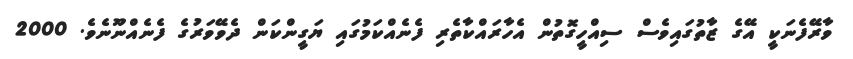
ވާރޭފެނަކީ އޭގެ ޒާތުގައިވެސް ސިއްހީގޮތުން އެހާރައްކާތެރި ފެނެއްކަމުގައި ޔަގީންކަން ދެވޭވަރުގެ ފެނެއްނޫނެވެ. 2000